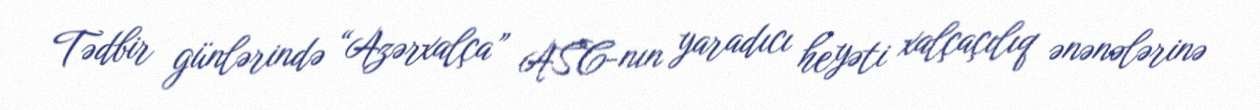
Tədbir günlərində “Azərxalça” ASC-nın yaradıcı heyəti xalçaçılıq ənənələrinə